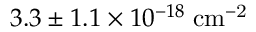
3 . 3 \pm 1 . 1 \times 1 0 ^ { - 1 8 } \; \mathrm { { c m ^ { - 2 } } }